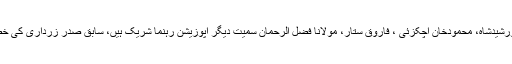
وزیراعظم نوازشریف سے ملاقات میں قائد حزب اختلاف خورشیدشاہ، محمودخان اچکزئی ، فاروق ستار، مولانا فضل الرحمان سمیت دیگر اپوزیشن رہنما شریک ہیں، سابق صدر زرداری کی خصوصی ہدایت پر رحمان ملک بھی ملاقات میں موجود تھے۔